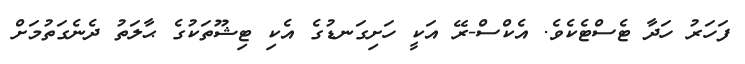
ފަހަރު ހަދާ ޓެސްޓެކެވެ. އެކްސް-ރޭ އަކީ ހަށިގަނޑުގެ އެކި ޓިޝޫތަކުގެ ޙާލަތު ދެނެގަތުމަށް